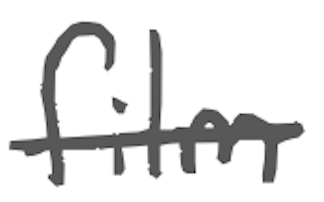
Text: film
Cross-out: single-line
Writing tool: digital_gray